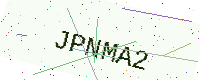
Text: JPNMA2